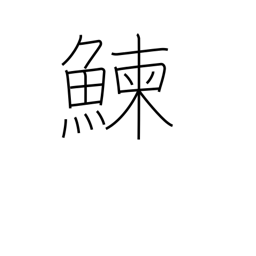
Meaning: herring